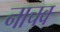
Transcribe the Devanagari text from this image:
नाचव